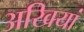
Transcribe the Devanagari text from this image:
अखियां